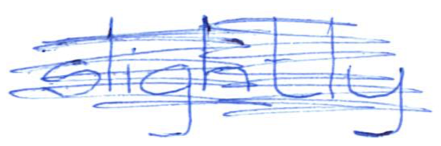
Text: slightly
Cross-out: scratch
Writing tool: ballpoint